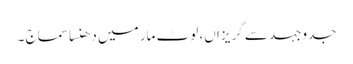
جدوجہد سے گریزاں، لوٹ مار میں دھنسا سماج ۔